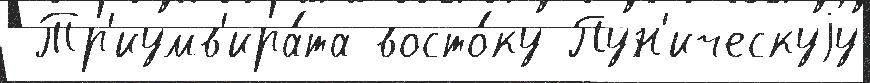
 Тр'иумв'ира́та восто́ку Пун'ическуjу